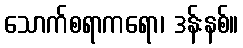
သောက်စရာကရော၊ ဒန်းနစ်။